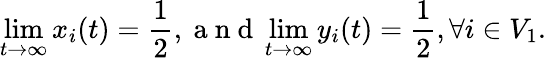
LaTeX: \operatorname*{lim}_{t\to\infty}x_{i}(t)=\frac{1}{2},\mathrm{~a~n~d~}\operatorname*{lim}_{t\to\infty}y_{i}(t)=\frac{1}{2},\forall i\in V_{1}.